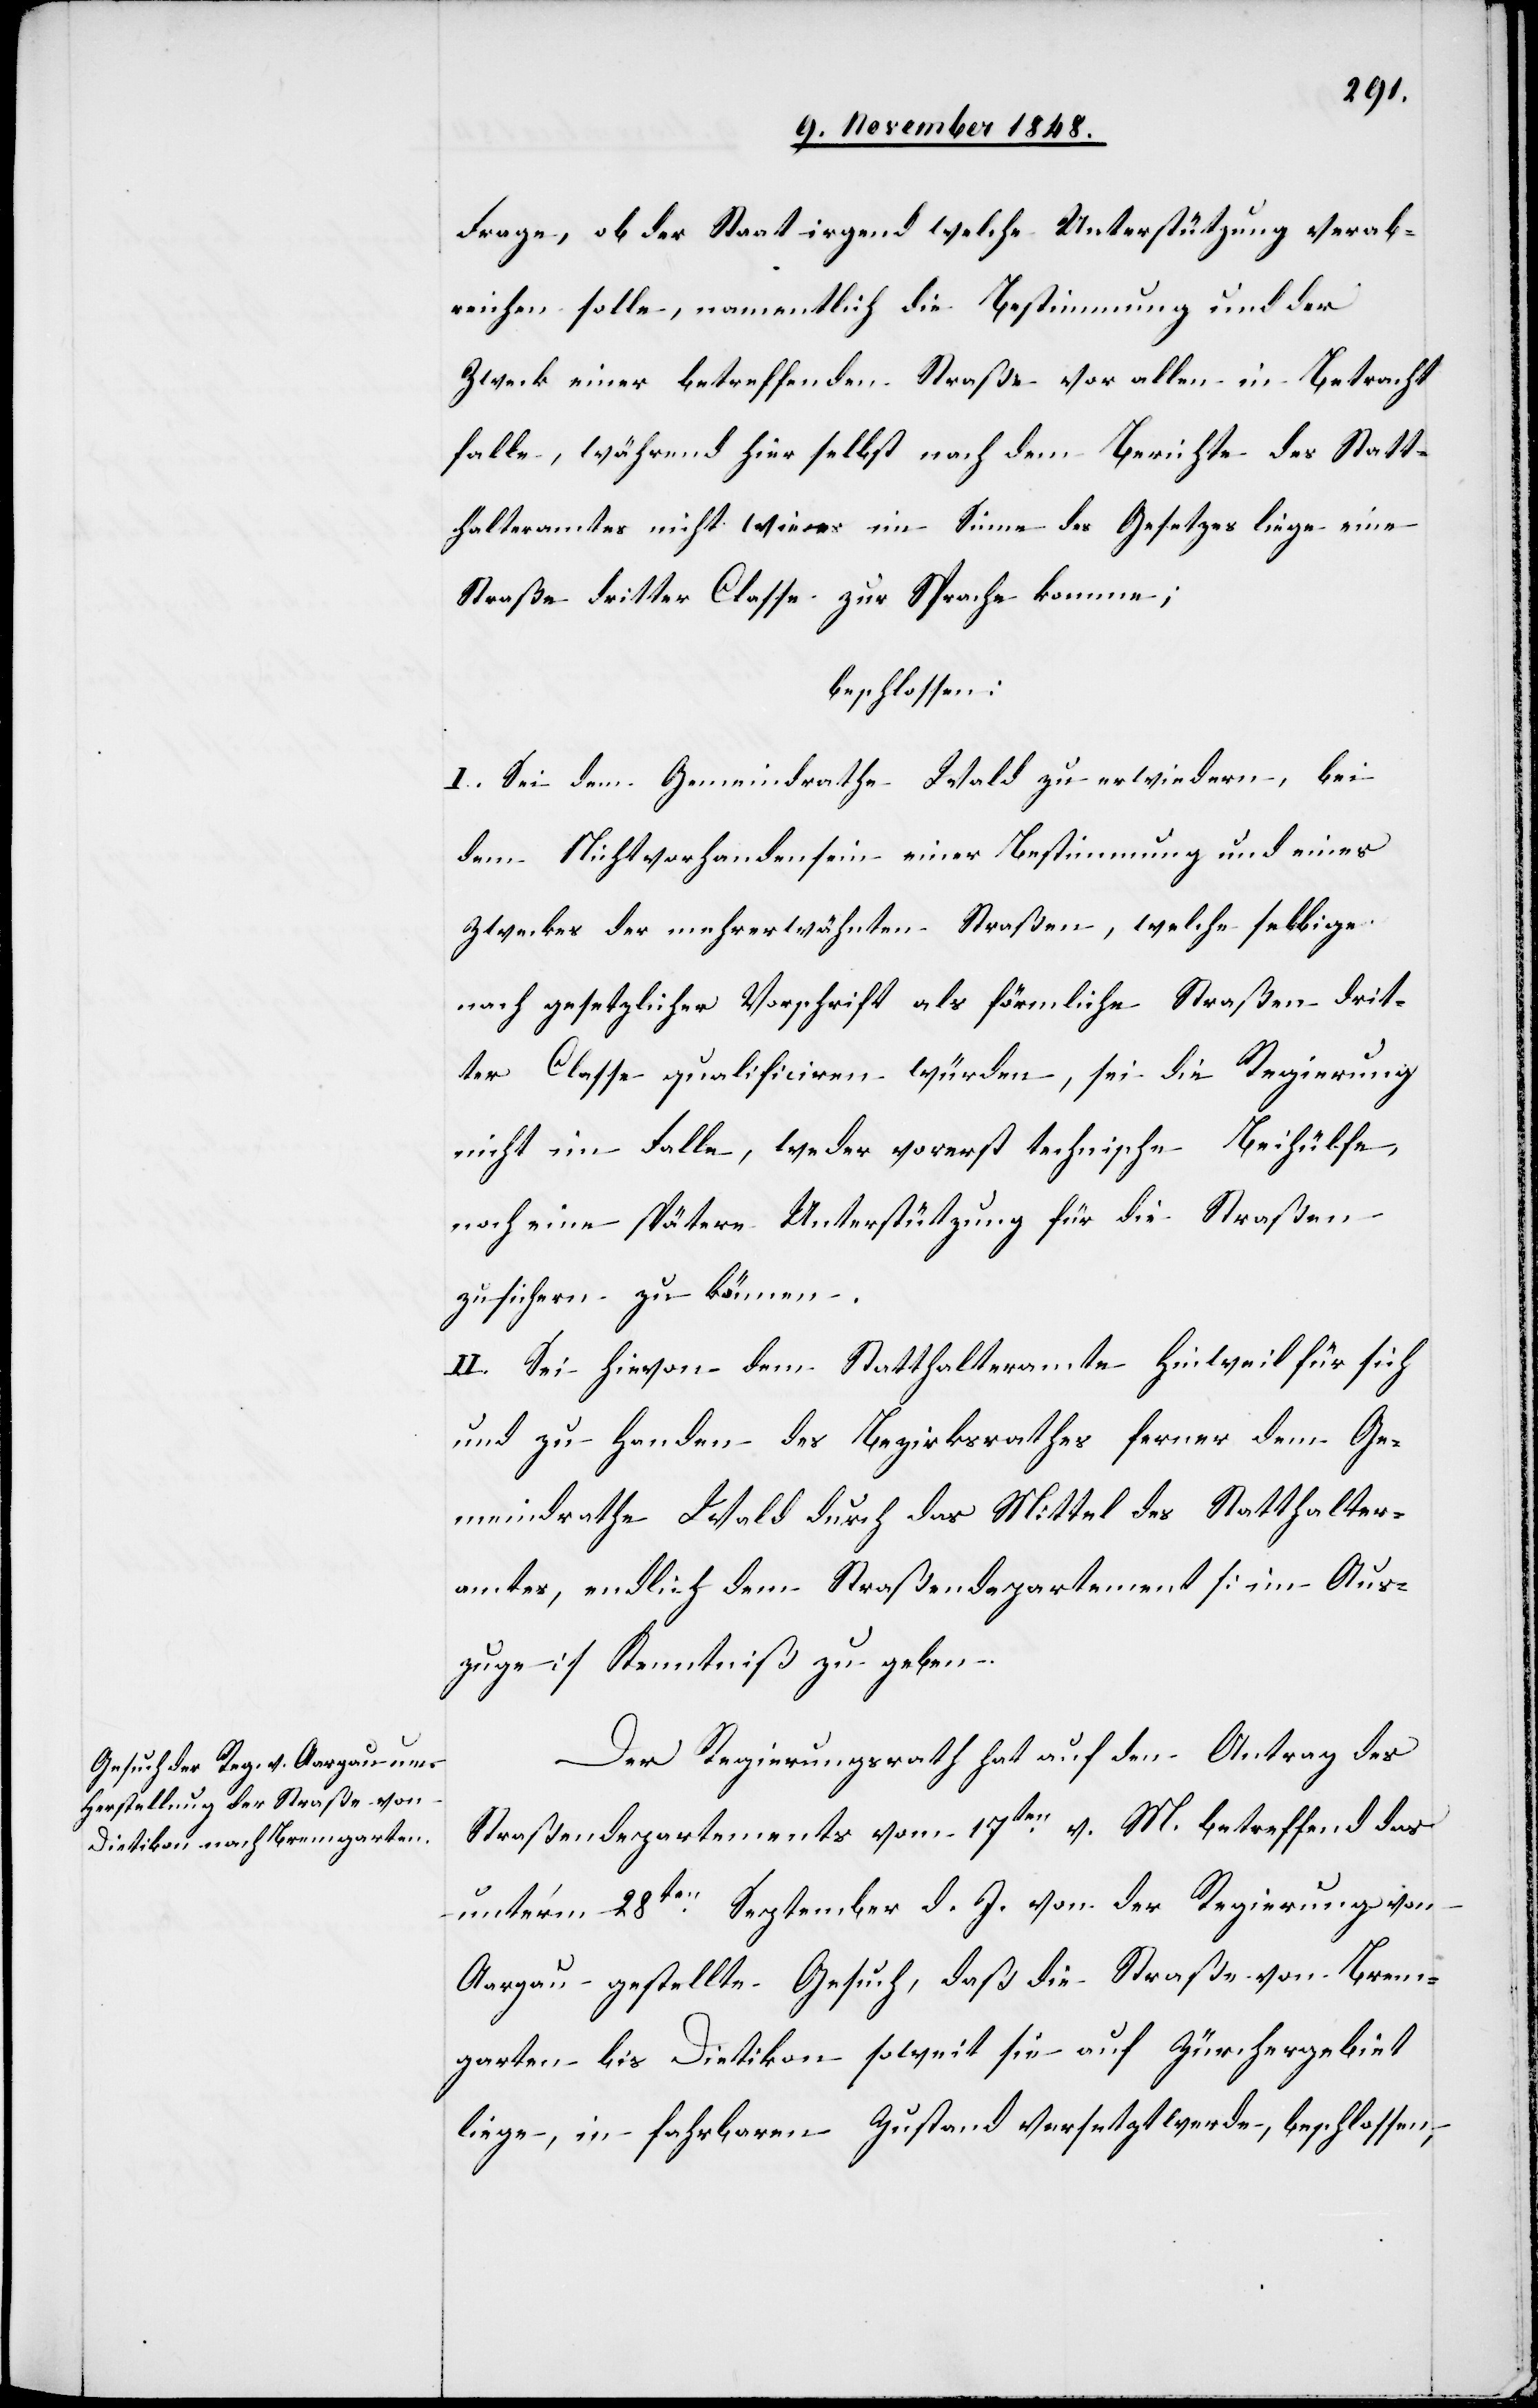
Frage, ob der Staat irgend welche Unterstützung verab¬
reichen solle, namentlich die Bestimmung und der
Zweck einer betreffenden Straße vor allen in Betracht
falle, während hier selbst nach dem Berichte des Statt¬
halteramtes nicht wie es im Sinne des Gesetzes liege eine
Straße dritter Classe zur Sprache komme;
beschlossen:
I. Sei dem Gemeindrathe Wald zu erwiedern, bei
dem Nichtvorhandensein einer Bestimmung und eines
Zweckes der mehrerwähnten Straßen, welche selbige
nach gesetzlicher Vorschrift als förmliche Straßen drit¬
ter Classe qualificiren würden, sei die Regierung
nicht im Falle, weder vorerst technische Beihülfe,
noch eine spätere Unterstützung für die Straßen
zusichern zu können.
II. Sei hievon dem Statthalteramte Hinweil für sich
und zu Handen des Bezirksrathes ferner dem Ge¬
meindrathe Wald durch das Mittel des Statthalter¬
amtes, endlich dem Straßendepartement [im Aus¬
zug] Kenntniß zu geben.
Der Regierungsrath hat auf den Antrag des
Straßendepartements vom 17ten v. M. betreffend das
unter’m 28ten September d. J. von der Regierung von
Aargau gestellte Gesuch, daß die Straße von Brem¬
garten bis Dietikon soweit sie auf Zürchergebiet
liege, in fahrbaren Zustand versetzt werde, beschlossen,